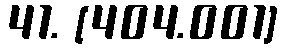
41. [404.001]